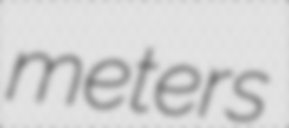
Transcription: meters